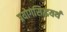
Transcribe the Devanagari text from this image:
प्रयोगसिद्धयर्थ